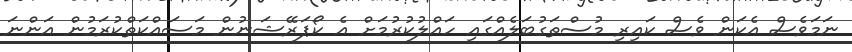
ނަމަވެސް އެކަން ވެސް ކައިރި މުސްތަގުބަލެއްގައި ހައްލުކުރުމަށް އެ ކޯޕަރޭޝަނުން މަސައްކަތްކުރަމުން އަންނަ